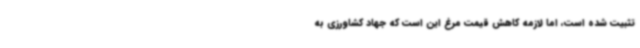
تثبیت شده است، اما لازمه کاهش قیمت مرغ این است که جهاد کشاورزی به